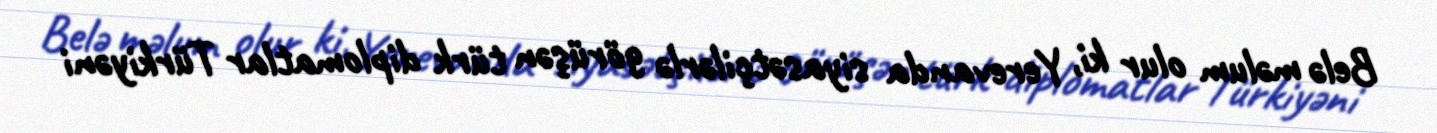
Belə məlum olur ki, Yerevanda siyasətçilərlə görüşən türk diplomatlar Türkiyəni